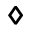
\diamond